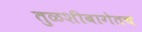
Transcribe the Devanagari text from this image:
तुळशीबागेतच